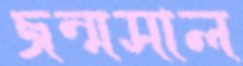
জন্মসাল